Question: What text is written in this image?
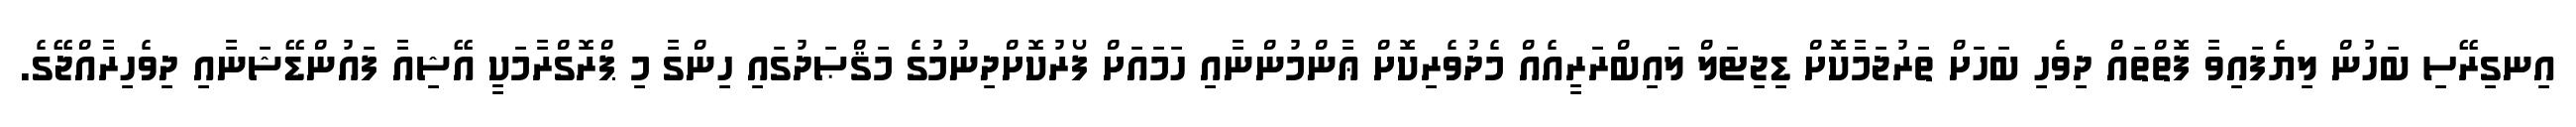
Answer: އިނގިރޭސި ބަހުން ލިޔެފައިވާ ފޮތްތައް ދިވެހި ބަހަށް ތަރުޖަމާކޮށް ޑިޖިޓަލް ލައިބްރަރީއެއް މެދުވެރިކޮށް ޢާންމުންނާއި ހަމައަށް ފޯރުކޮށްދިނުމުގެ މަޤްޞަދުގައި ހިންގާ މި ޕްރޮގްރާމަކީ އޭޝިއާ ފައުންޑޭޝަނާއި ދިވެހިރާއްޖޭގެ.